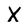
Character: X